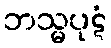
ဘသ္မပုဋံ